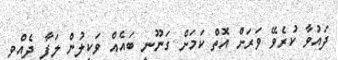
ދައުވާ ކުރެވޭ ވަރަށް އޮތް ކަމަށް ގަނޫނީ ބައެއް ވަކީލުން ލަފާ ދެއްވި